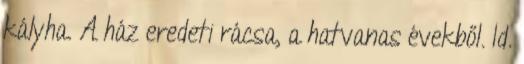
kályha. A ház eredeti rácsa, a hatvanas évekből. Id.